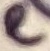
Text: e